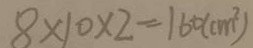
8 \times 1 0 \times 2 = 1 6 0 ( c m ^ { 2 } )